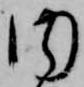
内